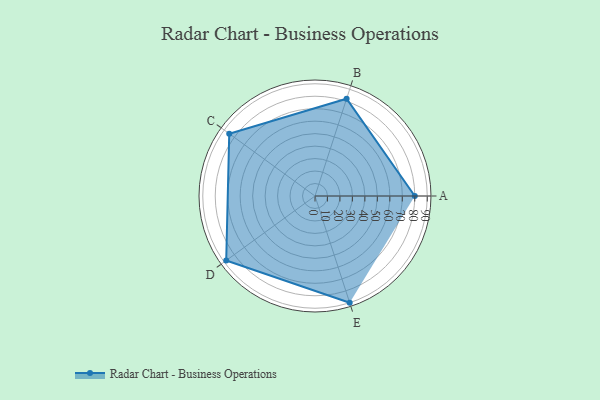
{"axis": {"x": "Skill", "y": "Score"}, "legend": ["Profile"], "data": [{"x": "A", "y": 80.0, "type": "Profile"}, {"x": "B", "y": 82.0, "type": "Profile"}, {"x": "C", "y": 85.0, "type": "Profile"}, {"x": "D", "y": 88.0, "type": "Profile"}, {"x": "E", "y": 90.0, "type": "Profile"}]}